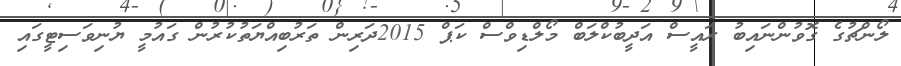
ލޯންޗުގެ ގޮވުންނައިބު ރައީސް އަދީބުކްލަބް މޯލްޑިވްސް ކަޕް 2015ދަރިން ތަރުބިއްޔަތުކުރުން ގައުމީ ޔުނިވަސިޓީގައި